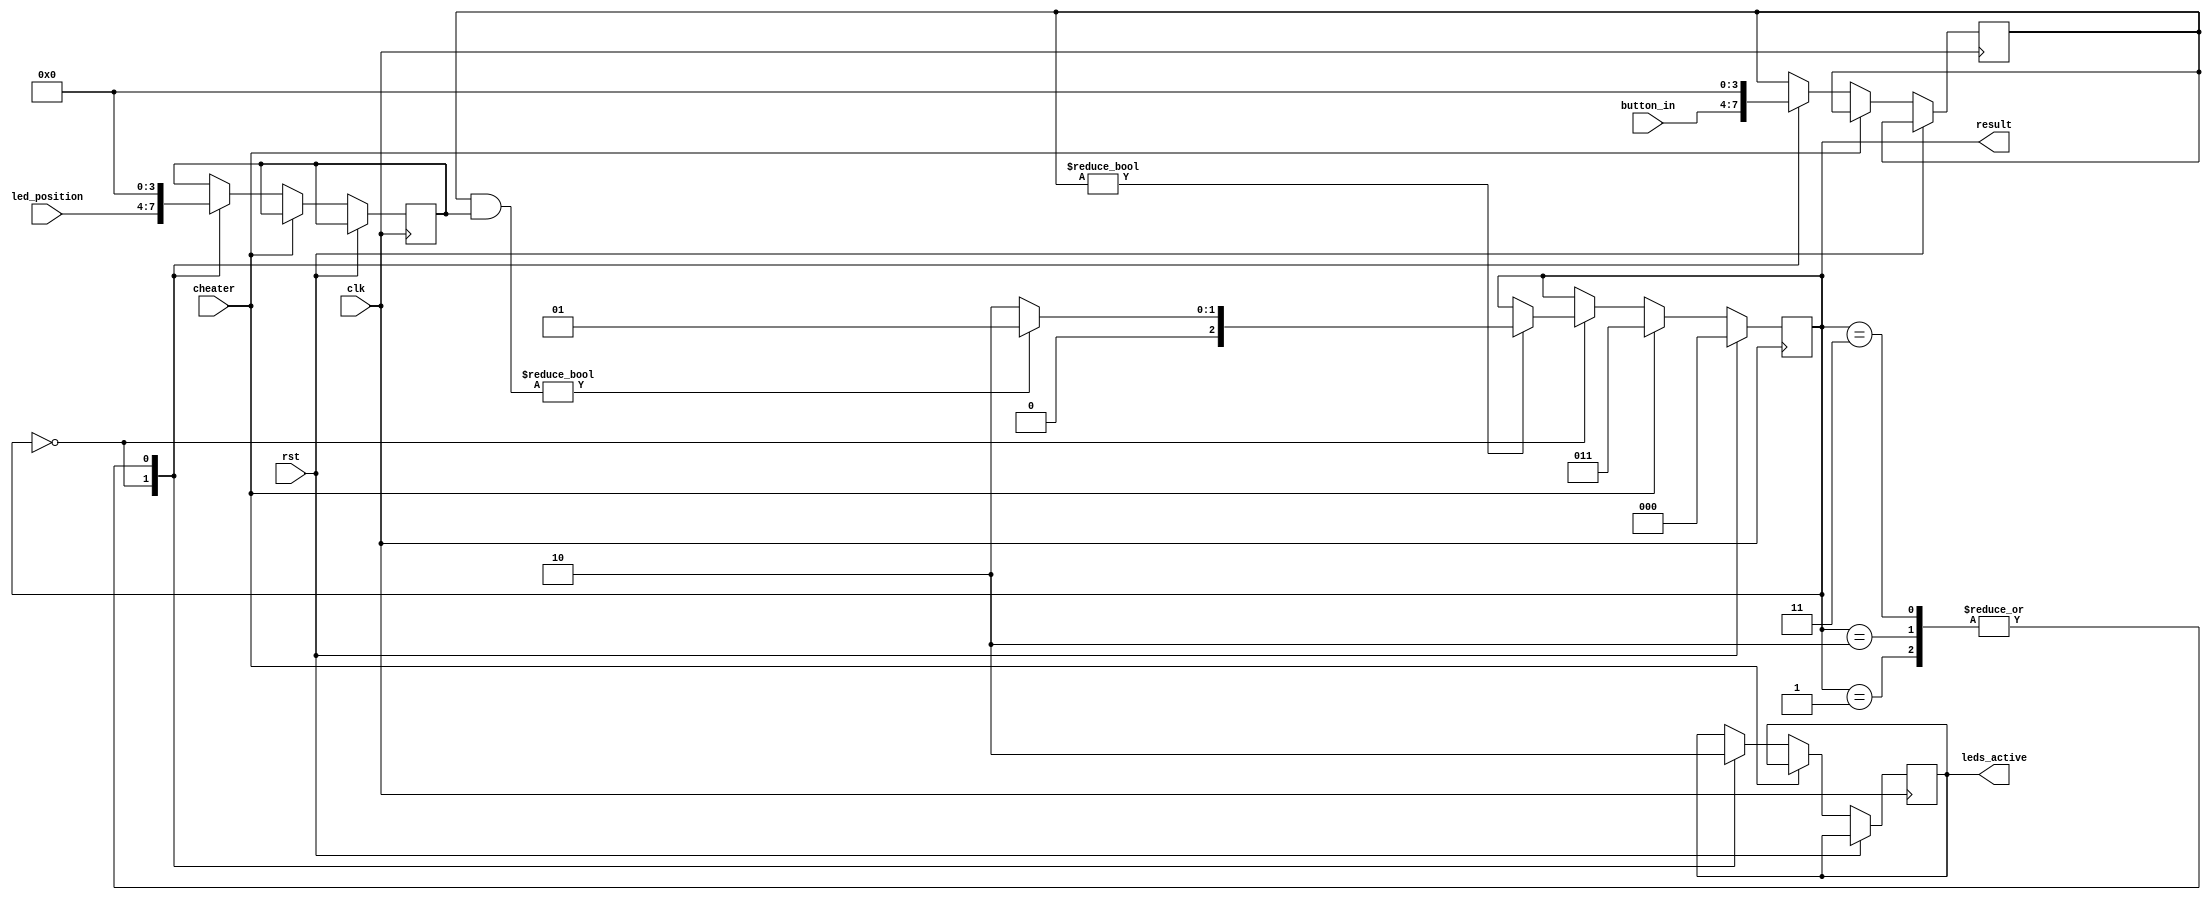
module arcade_check(
    input clk,
    input rst,
    input [3:0] button_in,
    input [3:0] led_position,
    input cheater,
    output [2:0] result,
    output reg leds_active = 1
);

reg [3:0] LEDS;
reg [3:0] BUTTONS = 0;
reg [2:0] STATE = 0;

assign result = STATE;

always @(posedge clk)
if(rst) STATE <= 0;
else if (cheater) STATE <= 3; else
    case (STATE)
        0:  begin // trwa gra
                leds_active <= 1;
                LEDS <= led_position;
                BUTTONS <= button_in;
                if (BUTTONS != 0) // jeli grcz wcisn ktry przycisk to...
                    if (BUTTONS & LEDS) STATE <= 1; // Zwycistwo jeli taki sam jak pozycja led
                    else STATE <= 2;                // Przegrana w innym wypadku
            end
        1:  begin // zwyciestwo
                leds_active <= 0;
                LEDS <= 0;
                BUTTONS <= 0;
            end
        2:  begin // przegrana
                leds_active <= 0;
                LEDS <= 0;
                BUTTONS <= 0;
        
            end
        3:  begin // cheater
                leds_active <= 0;
                LEDS <= 0;
                BUTTONS <= 0;
        
            end
    endcase
endmodule